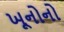
ખૂનોનો